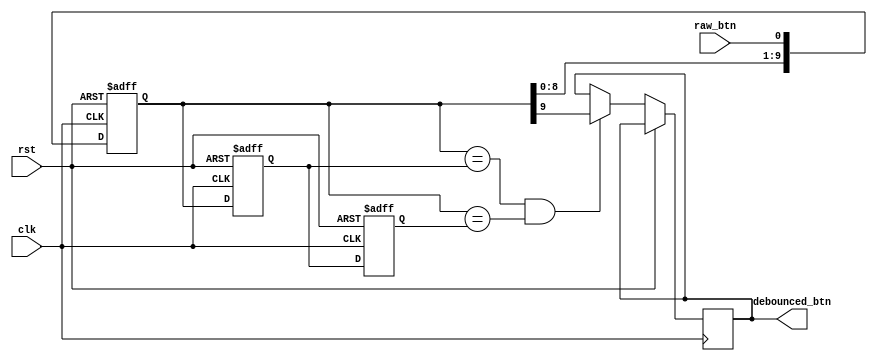
module ButtonDebouncer (
    input wire clk,
    input wire rst,
    input wire raw_btn, // Raw button state
    output reg debounced_btn // Debounced button state
);

    // Define parameters for debouncing
    parameter DEBOUNCE_DELAY = 10; // Adjust as needed

    // Internal signals for debounce logic
    reg [DEBOUNCE_DELAY-1:0] shift_reg;
    reg [DEBOUNCE_DELAY-1:0] shift_reg_d1;
    reg [DEBOUNCE_DELAY-1:0] shift_reg_d2;
    
    always @(posedge clk or posedge rst) begin
        if (rst) begin
            shift_reg <= {DEBOUNCE_DELAY{1'b0}};
            shift_reg_d1 <= {DEBOUNCE_DELAY{1'b0}};
            shift_reg_d2 <= {DEBOUNCE_DELAY{1'b0}};
        end else begin
            // Shift the register
            shift_reg_d2 <= shift_reg_d1;
            shift_reg_d1 <= shift_reg;
            shift_reg <= {shift_reg[DEBOUNCE_DELAY-2:0], raw_btn};
            
            // Debounce logic
            if ((shift_reg == shift_reg_d1) && (shift_reg == shift_reg_d2))
                debounced_btn <= shift_reg[DEBOUNCE_DELAY-1];
        end
    end
endmodule